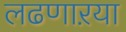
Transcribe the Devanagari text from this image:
लढणाऱया